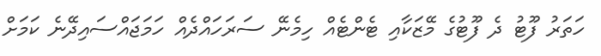
ހަތަރު ފޫޓު ދެ ފޫޓުގެ މޭޒަކާއި ޓެންޓެއް ހިމެނޭ ސަރަހައްދެއް ހަމަޖައްސައިދޭނެ ކަމަށް